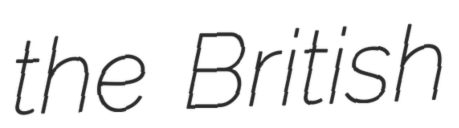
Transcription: the British